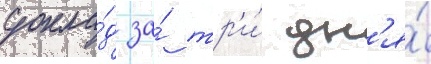
докла́д за́ тр'и́ дн'я́